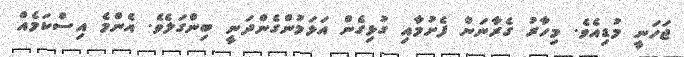
ޖަހަނީ މުޑިއެވެ. މިހާރު ގެރާނަން ފެށުމާއި ގުޅިގެން އަޅަމުންގެންދަނީ ބިންގަލެވެ. އެންމެ އިސްކަމެއް